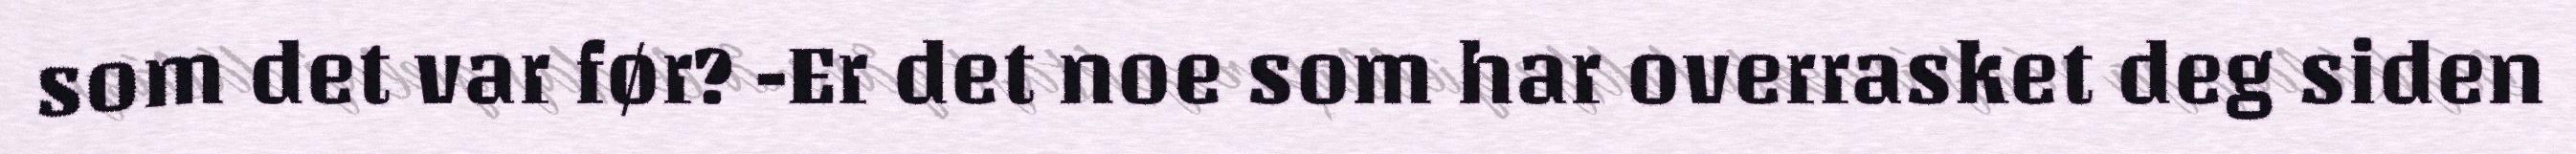
som det var før? -Er det noe som har overrasket deg siden